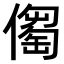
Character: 𠏈